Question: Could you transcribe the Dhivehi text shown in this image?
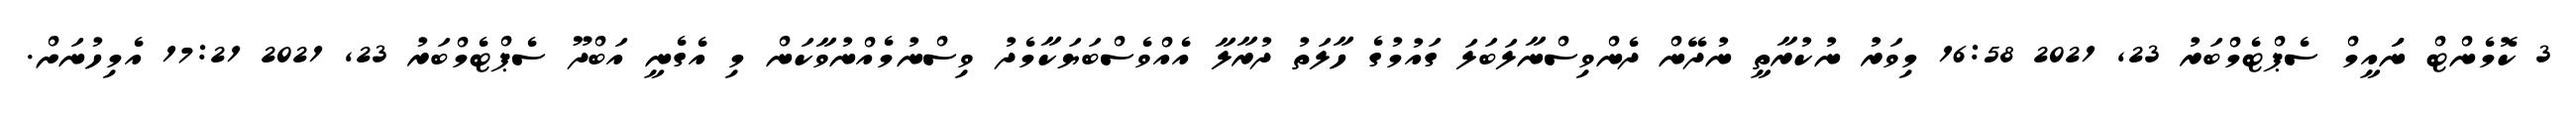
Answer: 3 ކޮމެންޓް ނަައީމް ސެޕްޓެމްބަރު 23, 2021 16:58 މިވަރު ނުކުރާތީ ނުދޭން ދެންވިސްނާލަބަލަ ގައުމުގެ ހާލަތު ދުރާލާ އެއްވެސްބަޔަކާމެދު ވިސްނުމެއްނުވާކަން މި އެގެނީ އަބްދޫ ސެޕްޓެމްބަރު 23, 2021 17:21 އެމިހުނަށް.